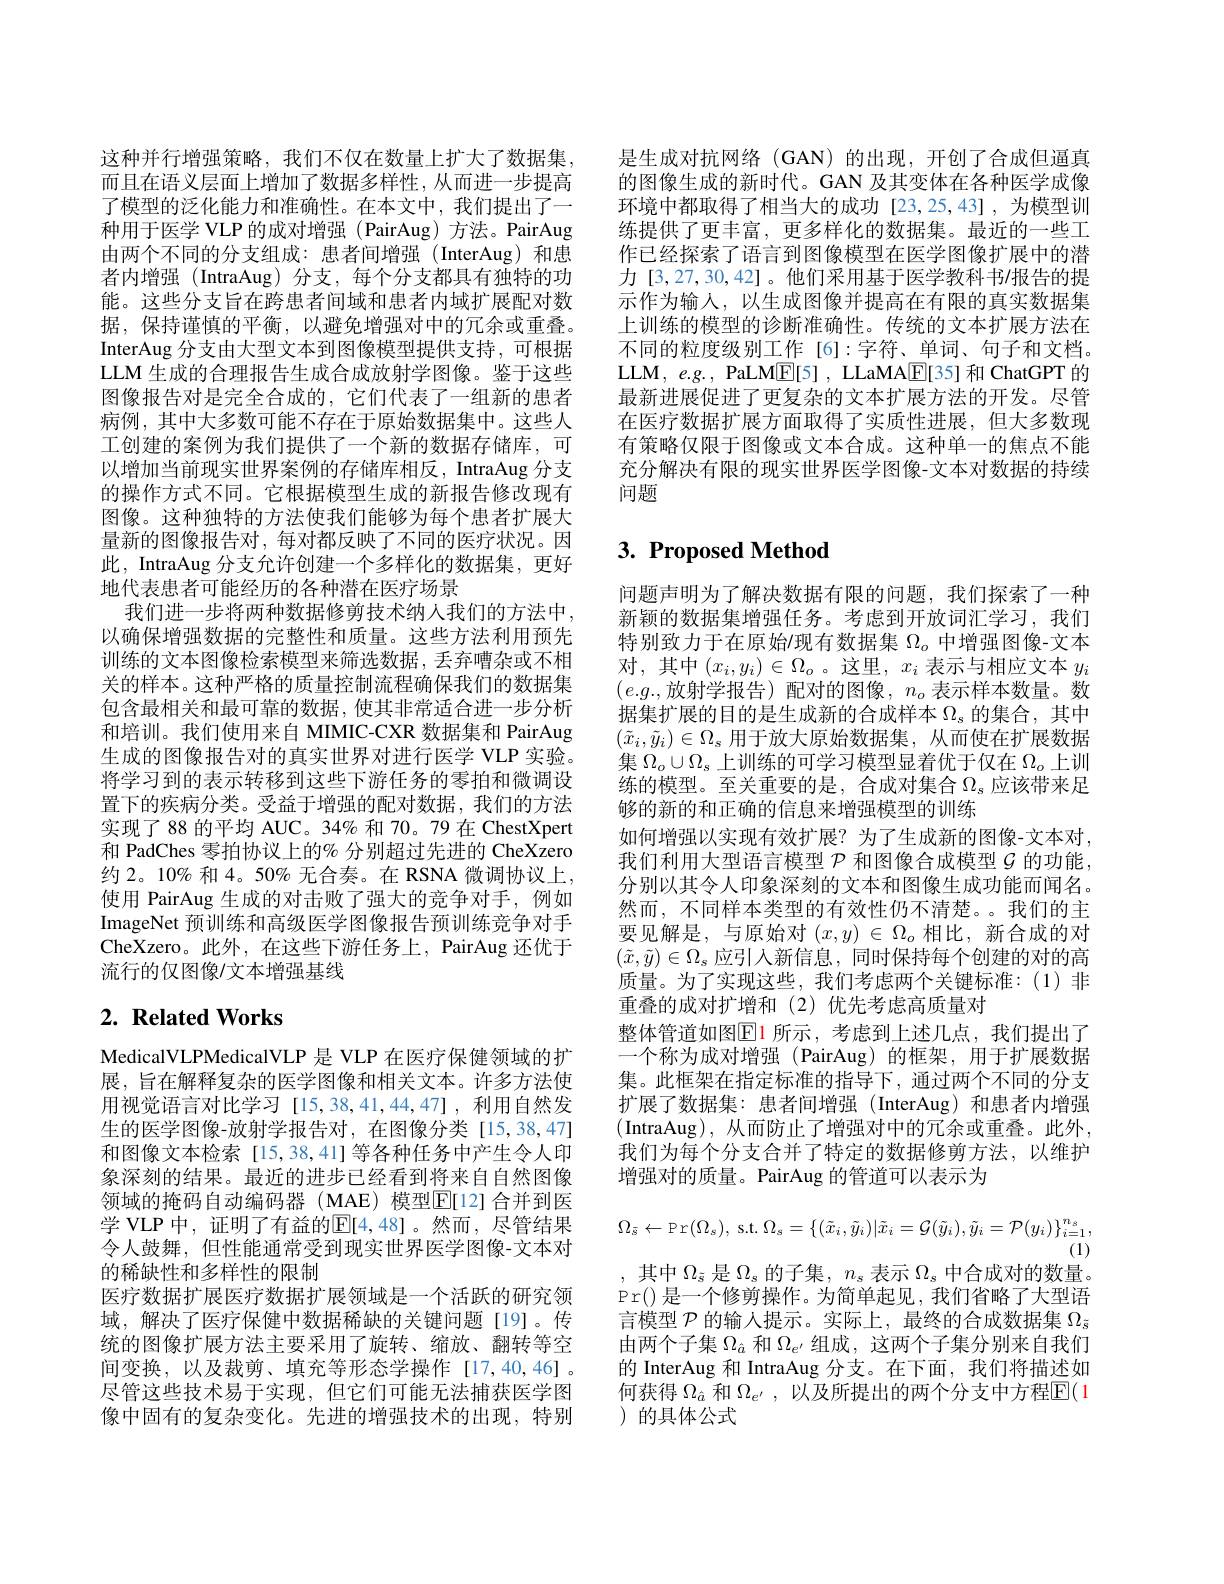
这种并行增强策略，我们不仅在数量上扩大了数据集， 而且在语义层面上增加了数据多样性，从而进一步提高了模型的泛化能力和准确性。在本文中，我们提出了一种用于医学 VLP 的成对增强 (PairAug) 方法。PairAug 由两个不同的分支组成：患者间增强(InterAug)和患者内增强(IntraAug)分支，每个分支都具有独特的功能。这些分支旨在跨患者间域和患者内域扩展配对数据，保持谨慎的平衡，以避免增强对中的冗余或重叠。InterAug 分支由大型文本到图像模型提供支持，可根据LLM 生成的合理报告生成合成放射学图像。鉴于这些图像报告对是完全合成的，它们代表了一组新的患者病例，其中大多数可能不存在于原始数据集中。这些人工创建的案例为我们提供了一个新的数据存储库，可以增加当前现实世界案例的存储库相反，IntraAug 分支的操作方式不同。它根据模型生成的新报告修改现有图像。这种独特的方法使我们能够为每个患者扩展大量新的图像报告对，每对都反映了不同的医疗状况。因此，IntraAug 分支允许创建一个多样化的数据集，更好地代表患者可能经历的各种潜在医疗场景
我们进一步将两种数据修剪技术纳人我们的方法中， 以确保增强数据的完整性和质量。这些方法利用预先训练的文本图像检索模型来筛选数据，丢弃嘈杂或不相关的样本。这种严格的质量控制流程确保我们的数据集包含最相关和最可靠的数据，使其非常适合进一步分析和培训。我们使用来自 MIMIC-CXR 数据集和 PairAug 生成的图像报告对的真实世界对进行医学 VLP 实验。将学习到的表示转移到这些下游任务的零拍和微调设置下的疾病分类。受益于增强的配对数据，我们的方法实现了88 的平均 AUC。34% 和 70。79 在 ChestXpert 和 PadChes 零拍协议上的% 分别超过先进的 CheXzero 约2。10% 和 4。50% 无合奏。在 RSNA 微调协议上， 使用 PairAug 生成的对击败了强大的竞争对手，例如ImageNet 预训练和高级医学图像报告预训练竞争对手CheXzero。此外，在这些下游任务上，PairAug 还优于流行的仅图像/文本增强基线

# 2. Related Works

MedicalVLPMedicalVLP 是 VLP 在医疗保健领域的扩展，旨在解释复杂的医学图像和相关文本。许多方法使用视觉语言对比学习[15,38,41,44,47],利用自然发生的医学图像-放射学报告对，在图像分类[15,38,47] 和图像文本检索[15,38,41]等各种任务中产生令人印象深刻的结果。最近的进步已经看到将来自自然图像领域的掩码自动编码器(MAE)模型$\overline{\mathrm{E}}[12]$ 合并到医学 VLP 中，证明了有益的E[4,48]。然而，尽管结果令人鼓舞，但性能通常受到现实世界医学图像-文本对的稀缺性和多样性的限制
医疗数据扩展医疗数据扩展领域是一个活跃的研究领域，解决了医疗保健中数据稀缺的关键问题[19]。传统的图像扩展方法主要采用了旋转、缩放、翻转等空间变换，以及裁剪、填充等形态学操作[17,40,46]。尽管这些技术易于实现，但它们可能无法捕获医学图像中固有的复杂变化。先进的增强技术的出现，特别

是生成对抗网络(GAN)的出现，开创了合成但逼真的图像生成的新时代。GAN 及其变体在各种医学成像环境中都取得了相当大的成功 [23,25,43] , 为模型训练提供了更丰富，更多样化的数据集。最近的一些工作已经探索了语言到图像模型在医学图像扩展中的潜力 [3,27,30,42]。他们采用基于医学教科书/报告的提示作为输人，以生成图像并提高在有限的真实数据集上训练的模型的诊断准确性。传统的文本扩展方法在不同的粒度级别工作[6]:字符、单词、句子和文档。LLM, e.g. , PaLME[5] , LLaMA$\underline{\mathrm{E}}[35]$和 ChatGPT 的最新进展促进了更复杂的文本扩展方法的开发。尽管在医疗数据扩展方面取得了实质性进展，但大多数现有策略仅限于图像或文本合成。这种单一的焦点不能充分解决有限的现实世界医学图像-文本对数据的持续问题

# $3. \textbf{Proposed Method}$

问题声明为了解决数据有限的问题，我们探索了一种新颖的数据集增强任务。考虑到开放词汇学习，我们特别致力于在原始/现有数据集$\Omega_o$中增强图像-文本对，其中$(x_i,y_i)\in\Omega_o$。这里，$x_i$ 表示与相应文本 $y_i$ $(e.g.$,放射学报告)配对的图像，$n_o$ 表示样本数量。数据集扩展的目的是生成新的合成样本$\Omega_\mathrm{s}$的集合，其中$(\tilde{x}_i,\tilde{y}_i)\in\Omega_s$用于放大原始数据集，从而使在扩展数据集$\Omega_o\cup\Omega_s$上训练的可学习模型显着优于仅在$\Omega_o$上训练的模型。至关重要的是，合成对集合$\Omega_\mathrm{s}$应该带来足够的新的和正确的信息来增强模型的训练
如何增强以实现有效扩展？为了生成新的图像-文本对， 我们利用大型语言模型$\mathcal{P}$和图像合成模型$\mathcal{G}$的功能， 分别以其令人印象深刻的文本和图像生成功能而闻名。然而，不同样本类型的有效性仍不清楚。。我们的主要见解是，与原始对$(x,y)\in\Omega_o$相比，新合成的对$(\tilde{x},\tilde{y})\in\Omega_s$应引人新信息，同时保持每个创建的对的高质量。为了实现这些，我们考虑两个关键标准：(1)非重叠的成对扩增和(2)优先考虑高质量对
整体管道如图$\boxed{\mathrm{E}}$1 所示，考虑到上述几点，我们提出了一个称为成对增强(PairAug)的框架，用于扩展数据集。此框架在指定标准的指导下，通过两个不同的分支扩展了数据集：患者间增强(InterAug) 和患者内增强(IntraAug),从而防止了增强对中的冗余或重叠。此外， 我们为每个分支合并了特定的数据修剪方法，以维护增强对的质量。PairAug 的管道可以表示为
$$\Omega_{\tilde{s}}\leftarrow\operatorname{Pr}(\Omega_{s}),\:\operatorname{s.t.}\Omega_{s}=\{(\tilde{x}_{i},\tilde{y}_{i})|\tilde{x}_{i}=\mathcal{G}(\tilde{y}_{i}),\tilde{y}_{i}=\mathcal{P}(y_{i})\}_{i=1}^{n_{s}},$$
,其中$\Omega_\tilde{s}$是$\Omega_s$的子集$,n_s$表示$\Omega_s$中合成对的数量。Pr()是一个修剪操作。为简单起见，我们省略了大型语言模型$\mathcal{P}$的输入提示。实际上，最终的合成数据集$\Omega_\tilde{\mathrm{s}}$ 由两个子集$\Omega_{\hat{a}}$和$\Omega_{e^{\prime}}$组成，这两个子集分别来自我们的 InterAug 和 IntraAug 分支。在下面，我们将描述如何获得$\Omega_{\hat{a}}$和$\Omega_{e^{\prime}}$,以及所提出的两个分支中方程$\mathbb{E}(1$ )的具体公式